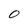
Character: 0